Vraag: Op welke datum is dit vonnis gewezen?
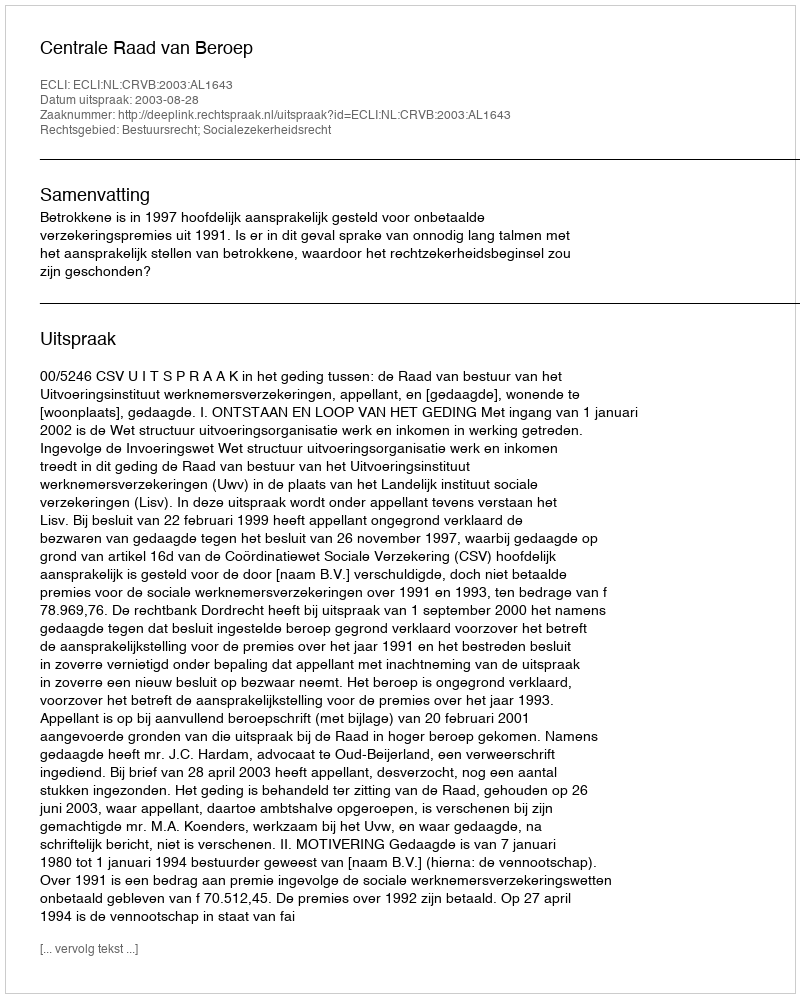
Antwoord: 2003-08-28